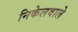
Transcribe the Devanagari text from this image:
निकेलवाले